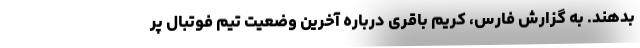
بدهند. به گزارش فارس، کریم باقری درباره آخرین وضعیت تیم فوتبال پر